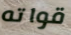
قواته